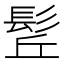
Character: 𩬡